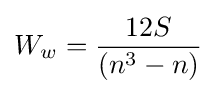
W_{w}={\frac {12S}{(n^{3}-n)}}